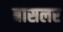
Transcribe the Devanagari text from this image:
बासलर